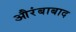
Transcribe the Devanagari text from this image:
औरंबाबाद